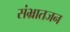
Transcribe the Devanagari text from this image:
संभ्रातजन